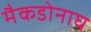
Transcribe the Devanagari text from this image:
मैकडोनाघ